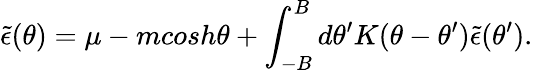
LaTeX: \tilde{\epsilon}(\theta)=\mu-mcosh\theta+\int_{-B}^{B}d\theta^{\prime}K(\theta-\theta^{\prime})\tilde{\epsilon}(\theta^{\prime}).